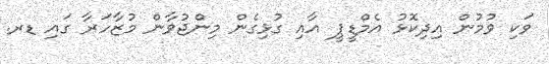
ވަކި ވުމުން އިދިކޮޅު އެމްޑީޕީ އާއި ގުޅިގެން މިންޖުވާން މުޒާހަރާ ގައި ޑރ.